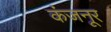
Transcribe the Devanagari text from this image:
कंजनूर